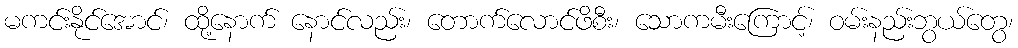
မကင်းနိုင်အောင်၊ ထို့နောက် နောင်လည်း၊ တောက်လောင်ဖိစီး၊ သောကမီးကြောင့်၊ ဝမ်းနည်းဘွယ်တွေ၊